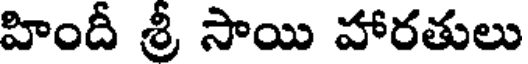
హిందీ శ్రీ సాయి హారతులు